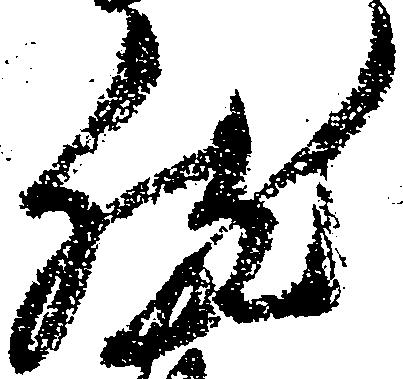
然